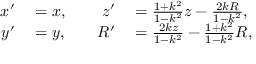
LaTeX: \begin{array} { r l r l } { x ^ { \prime } } & { { } = x , \quad } & { z ^ { \prime } } & { { } = { \frac { 1 + k ^ { 2 } } { 1 - k ^ { 2 } } } z - { \frac { 2 k R } { 1 - k ^ { 2 } } } , } \\ { y ^ { \prime } } & { { } = y , } & { R ^ { \prime } } & { { } = { \frac { 2 k z } { 1 - k ^ { 2 } } } - { \frac { 1 + k ^ { 2 } } { 1 - k ^ { 2 } } } R , } \end{array}